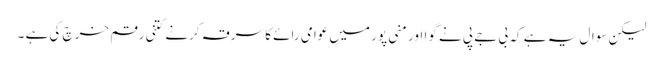
لیکن سوال یہ ہے کہ بی جے پی نے گوا اور منی پور میں عوامی رائے کا سرقہ کرنے کتنی رقم خرچ کی ہے ۔